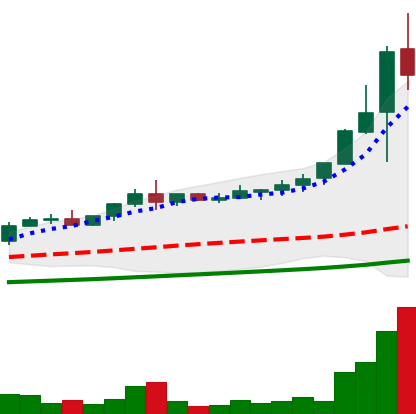
Ticker: NEO-USD
Chart end date: 2021-04-19
Forward return: -27.464%
Label: down_7plus